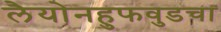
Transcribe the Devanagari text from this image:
लैयोनहुफवुडचा